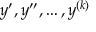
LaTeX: y ^ { \prime } , y ^ { \prime \prime } , \ldots , y ^ { ( k ) }